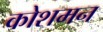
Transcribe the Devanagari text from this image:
कोशमन